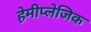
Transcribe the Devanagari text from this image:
हेमीप्लेजिक